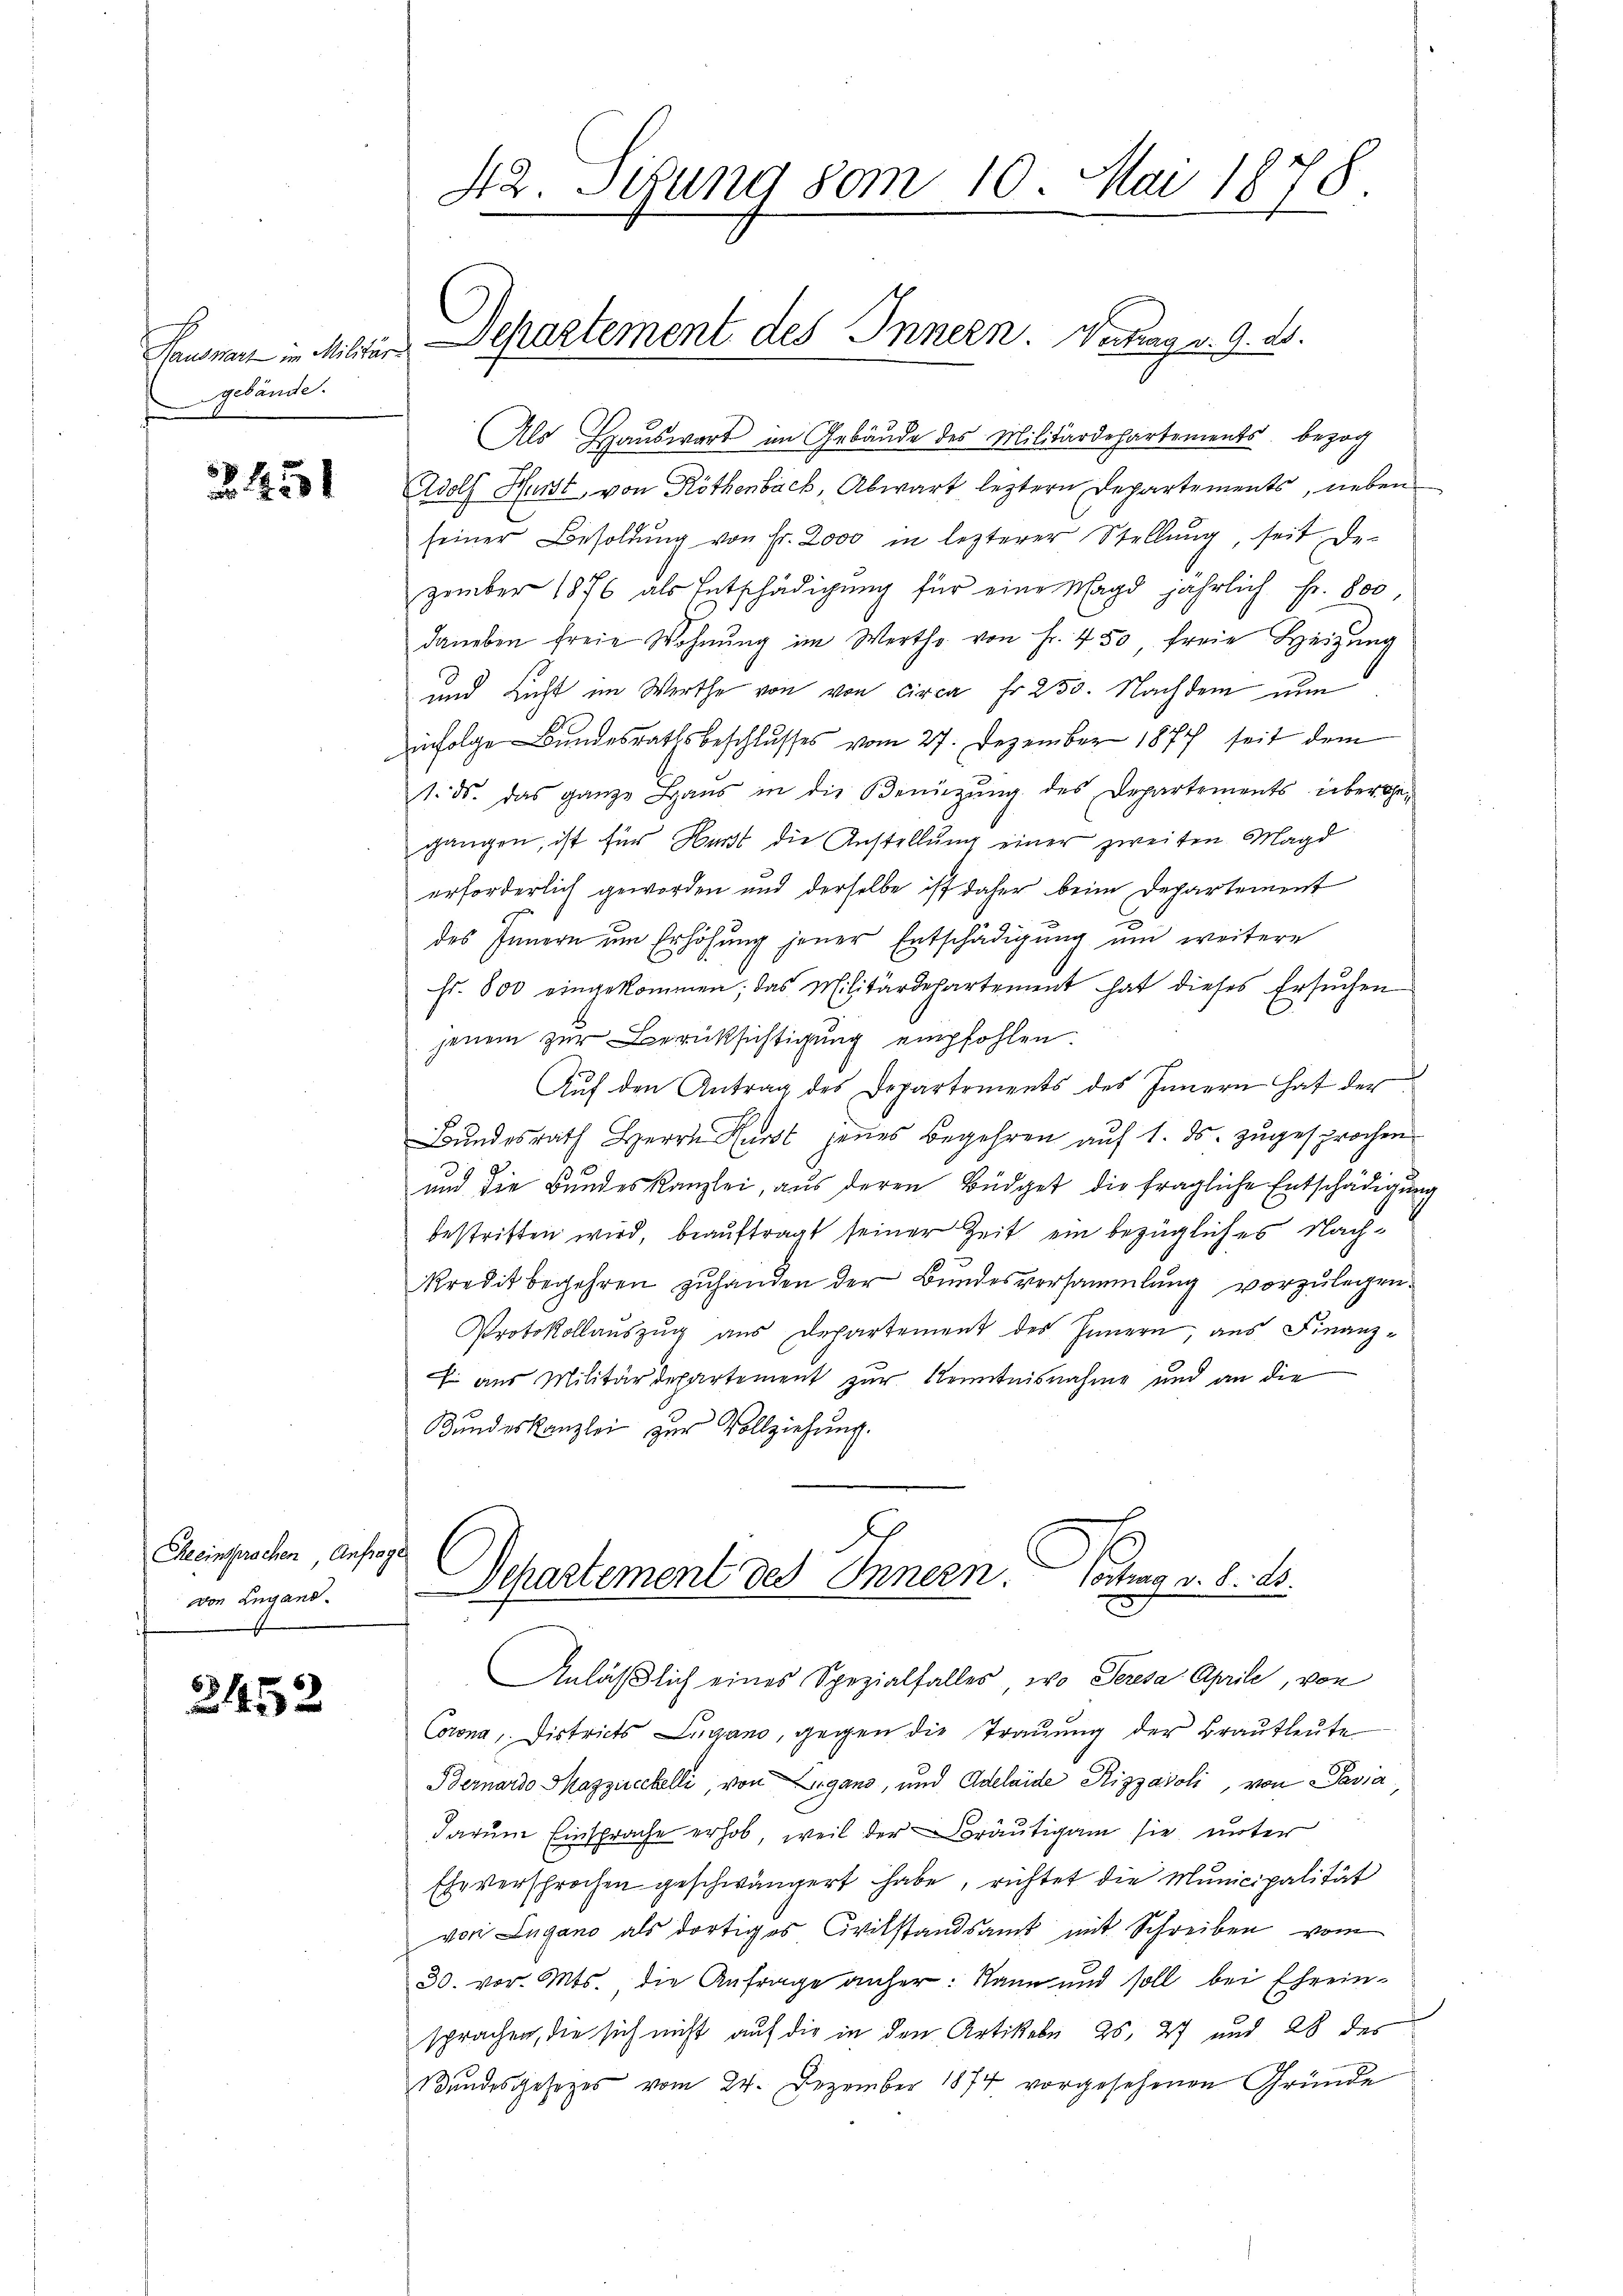
Hauswart in Militär-
gebände.

22. 421

Cheeinsprachen Anfrage
von Lugand.

3452

42. Sizung vom 10. Mai 1878

Als Hauswart im Gebäude des Militärdepartements, bezog
Adolf Hurst von Röthenbach, Abwart leztern Departements, neben
seiner Besoldŭng von Fr. 2000 in lezterer Stellŭng, seit de
zember 1876 als Entschädigung für eine Magd jährlich fr. 800,
daneben freie Wohnŭng im Werth von Fr. 450 freie Heizŭng
und Licht im Werthe von von circa Fr. 250. Nachdem nun
infolge Bundesrathsbeschlusses vom 27. Dezember 1872 seit dem
1. ds. das ganze Haŭs in die Benützŭng des Departements überge-
gangen, ist für Herst die Anstellung einer zweiten Magd
erforderlich geworden und derselbe ist daher beim Departement
des Innern um Erhöhung jener Entschädigung um weitere
Fr. 800 eingekommen; das Militärdepartement hat dieses Ersŭchen
jenem zur Berücksichtigung empfohlen.
Auf den Antrag des Departements des Innern hat der
Bundesrath Herrn Kurst jenes Begehren auf 1. ds. zugesprochen
und die Bundeskanzlei, aus deren Büdget die fragliche Entschädigung
bestritten wird, beauftragt seiner Zeit ein bezügliches Nachkredit begehren zuhanden der Bundesversammlung vorzulegen.
Protokollaŭszŭg aŭs Departement des Innern, aus Finanz-
f aus Militärdepartement zur Kenntnisnahme und an die
Bundeskanzlei zur Vollziehung.

epartement des Innern. Vertrag v. 9. ds.

Departement des Innern Vortrag v. 8. ds.

Anläβlich eines Spezialfalles, wo Seresa Aprile, von
Corona, Districts Lugano, gegen die Trauung der Brautleute
Bernardo Mazziechelli, von Lugans, und Adelaide Rizzaroli, von Passa,
darum Einsprache erhob, weil der Bräutigam sie unter
Eheversprochen geschwängert habe, richtet die Municipalität
von Lugano als dortiges Civilstandsamt mit Schreiben vom
30. vor. Mts., die Anfrage anher: Kann und soll bei Eheeinsprachen, die sich nicht auf die in den Artikebe 25, 27 und 28 des
Bundesgesezes vom 24. Dezember 1874 vorgesehenen Gründe